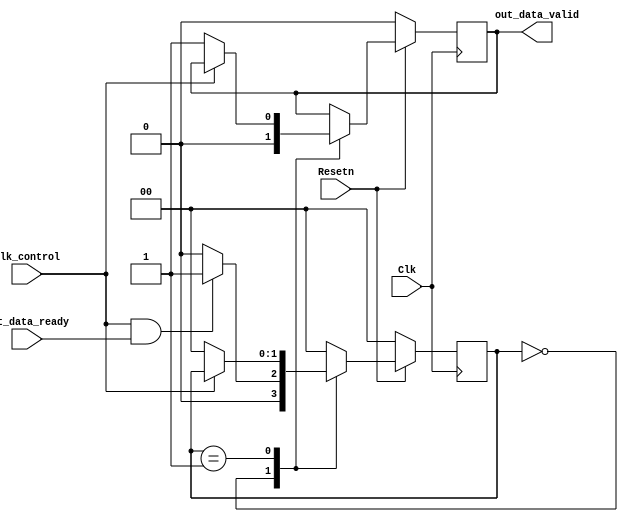
/*
Copyright (c) 2014-2022 Luiz Carlos Gili

Permission is hereby granted, free of charge, to any person obtaining a copy
of this software and associated documentation files (the "Software"), to deal
in the Software without restriction, including without limitation the rights
to use, copy, modify, merge, publish, distribute, sublicense, and/or sell
copies of the Software, and to permit persons to whom the Software is
furnished to do so, subject to the following conditions:

The above copyright notice and this permission notice shall be included in
all copies or substantial portions of the Software.

THE SOFTWARE IS PROVIDED "AS IS", WITHOUT WARRANTY OF ANY KIND, EXPRESS OR
IMPLIED, INCLUDING BUT NOT LIMITED TO THE WARRANTIES OF MERCHANTABILITY
FITNESS FOR A PARTICULAR PURPOSE AND NONINFRINGEMENT. IN NO EVENT SHALL THE
AUTHORS OR COPYRIGHT HOLDERS BE LIABLE FOR ANY CLAIM, DAMAGES OR OTHER
LIABILITY, WHETHER IN AN ACTION OF CONTRACT, TORT OR OTHERWISE, ARISING FROM,
OUT OF OR IN CONNECTION WITH THE SOFTWARE OR THE USE OR OTHER DEALINGS IN
THE SOFTWARE.
*/

// Language: Verilog 2001


module data_valid_gen
(
    input wire Clk,
    input wire clk_control,
    input wire Resetn,

    output reg out_data_valid,
    input wire  out_data_ready

);
//------------------------------------------------------------------------------
//----------- Local Parameters -------------------------------------------------
//------------------------------------------------------------------------------


`define FSM_STATE_IDLE		0 
`define FSM_STATE_1  		1 


reg [1:0] state;

//------------------------------------------------------------------------------
//----------- Assign/Always Blocks ---------------------------------------------
//------------------------------------------------------------------------------


always @(posedge Clk)  
	if ( ! Resetn ) begin 
        out_data_valid <= 0;
        state <= 0;
    end
    else begin
    
        case(state)
        `FSM_STATE_IDLE: begin
            out_data_valid <=0;

            if(clk_control && out_data_ready) begin 			   
                state <=  `FSM_STATE_1;                
            end   
            else begin
                state <=  `FSM_STATE_IDLE;
            end 

        end
         `FSM_STATE_1: begin
            if(!clk_control) begin 
                out_data_valid <=1;
                state <=  `FSM_STATE_IDLE;
            end  
        end

        default: begin 
			state <= `FSM_STATE_IDLE;			
		end 
		endcase
    
       
    end



endmodule